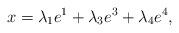
LaTeX: \begin{align*}x = \lambda_1 e^1 + \lambda_3 e^3 + \lambda_4 e^4 ,\end{align*}